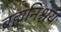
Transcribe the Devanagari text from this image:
ब्रह्मनिश्चयः